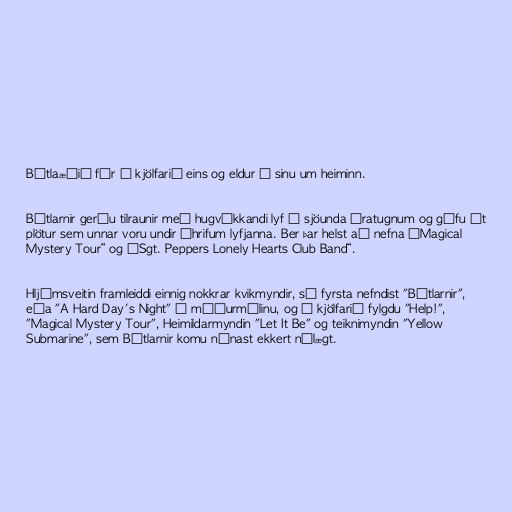
Bítlaæðið fór í kjölfarið eins og eldur í sinu um heiminn.

Bítlarnir gerðu tilraunir með hugvíkkandi lyf á sjöunda áratugnum og gáfu út
plötur sem unnar voru undir áhrifum lyfjanna. Ber þar helst að nefna „Magical
Mystery Tour“ og „Sgt. Peppers Lonely Hearts Club Band“.

Hljómsveitin framleiddi einnig nokkrar kvikmyndir, sú fyrsta nefndist "Bítlarnir",
eða "A Hard Day's Night" á móðurmálinu, og í kjölfarið fylgdu "Help!",
"Magical Mystery Tour", Heimildarmyndin "Let It Be" og teiknimyndin "Yellow
Submarine", sem Bítlarnir komu nánast ekkert nálægt.